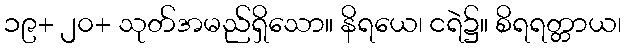
၁၉+ ၂၀+ သုတ်အမည်ရှိသော။ နိရယေ၊ ငရဲ၌။ စိရရတ္တာယ၊